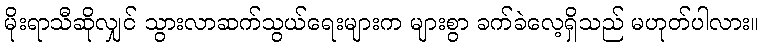
မိုးရာသီဆိုလျှင် သွားလာဆက်သွယ်ရေးများက များစွာ ခက်ခဲလေ့ရှိသည် မဟုတ်ပါလား။